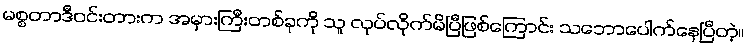
မစ္စတာဒီဝင်းတားက အမှားကြီးတစ်ခုကို သူ လုပ်လိုက်မိပြီဖြစ်ကြောင်း သဘောပေါက်နေပြီတဲ့။